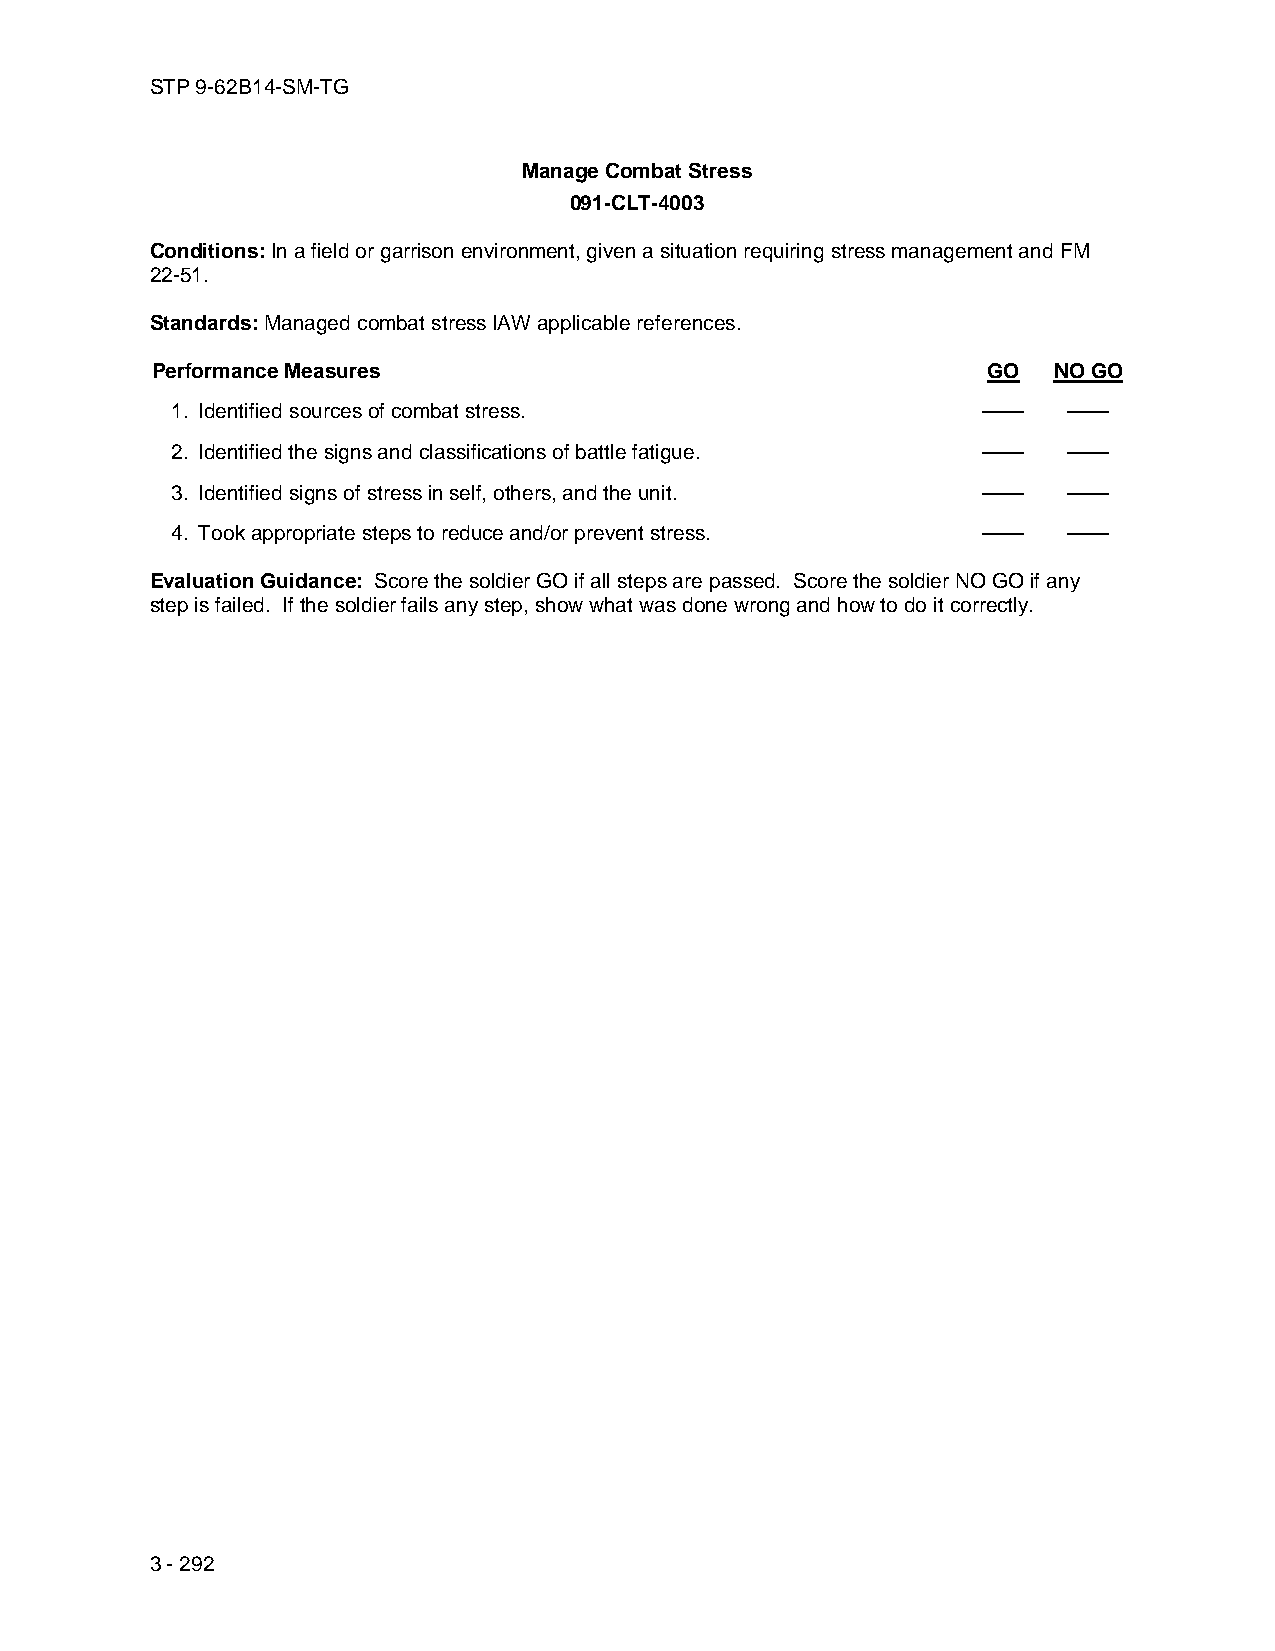
STP 9-62B14-SM-TG
 Manage Combat Stress
 091-CLT-4003
 Conditions: In a field or garrison environment, given a situation requiring stress management and FM
 22-51.
 Standards: Managed combat stress IAW applicable references.
 Performance Measures                                   GO   NO GO
 1. Identified sources of combat stress.               ——    ——
 2. Identified the signs and classifications of battle fatigue. —— ——
 3. Identified signs of stress in self, others, and the unit. —— ——
 4. Took appropriate steps to reduce and/or prevent stress. —— ——
 Evaluation Guidance: Score the soldier GO if all steps are passed. Score the soldier NO GO if any
 step is failed. If the soldier fails any step, show what was done wrong and how to do it correctly.
 3 - 292